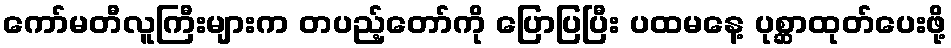
ကော်မတီလူကြီးများက တပည့်တော်ကို ပြောပြပြီး ပထမနေ့ ပုစ္ဆာထုတ်ပေးဖို့